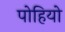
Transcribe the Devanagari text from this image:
पोहियो